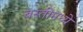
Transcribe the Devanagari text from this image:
बस्तीमध्ये